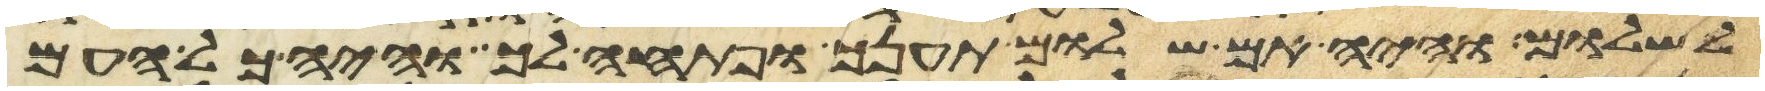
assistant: לשלום והיה אם שלום תענך ופתחה לך והיה כל העם